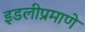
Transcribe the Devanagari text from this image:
इडलीप्रमाणे